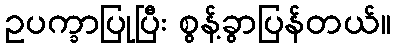
ဥပက္ခာပြုပြီး စွန့်ခွာပြန်တယ်။